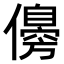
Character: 𠐈